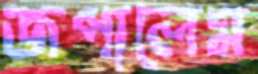
জপালেম